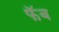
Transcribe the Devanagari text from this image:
फॅब